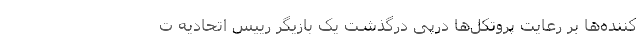
‌کننده‌ها بر رعایت پروتکل‌ها درپی درگذشت یک بازیگر رییس اتحادیه ت